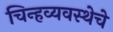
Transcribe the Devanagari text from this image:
चिन्हव्यवस्थेचे